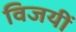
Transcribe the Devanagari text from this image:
विजयीं